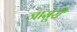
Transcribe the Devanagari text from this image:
जासूरी